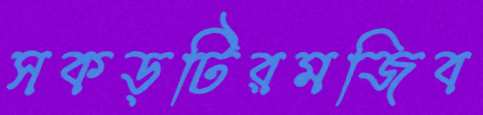
সকড়টিরমজিব